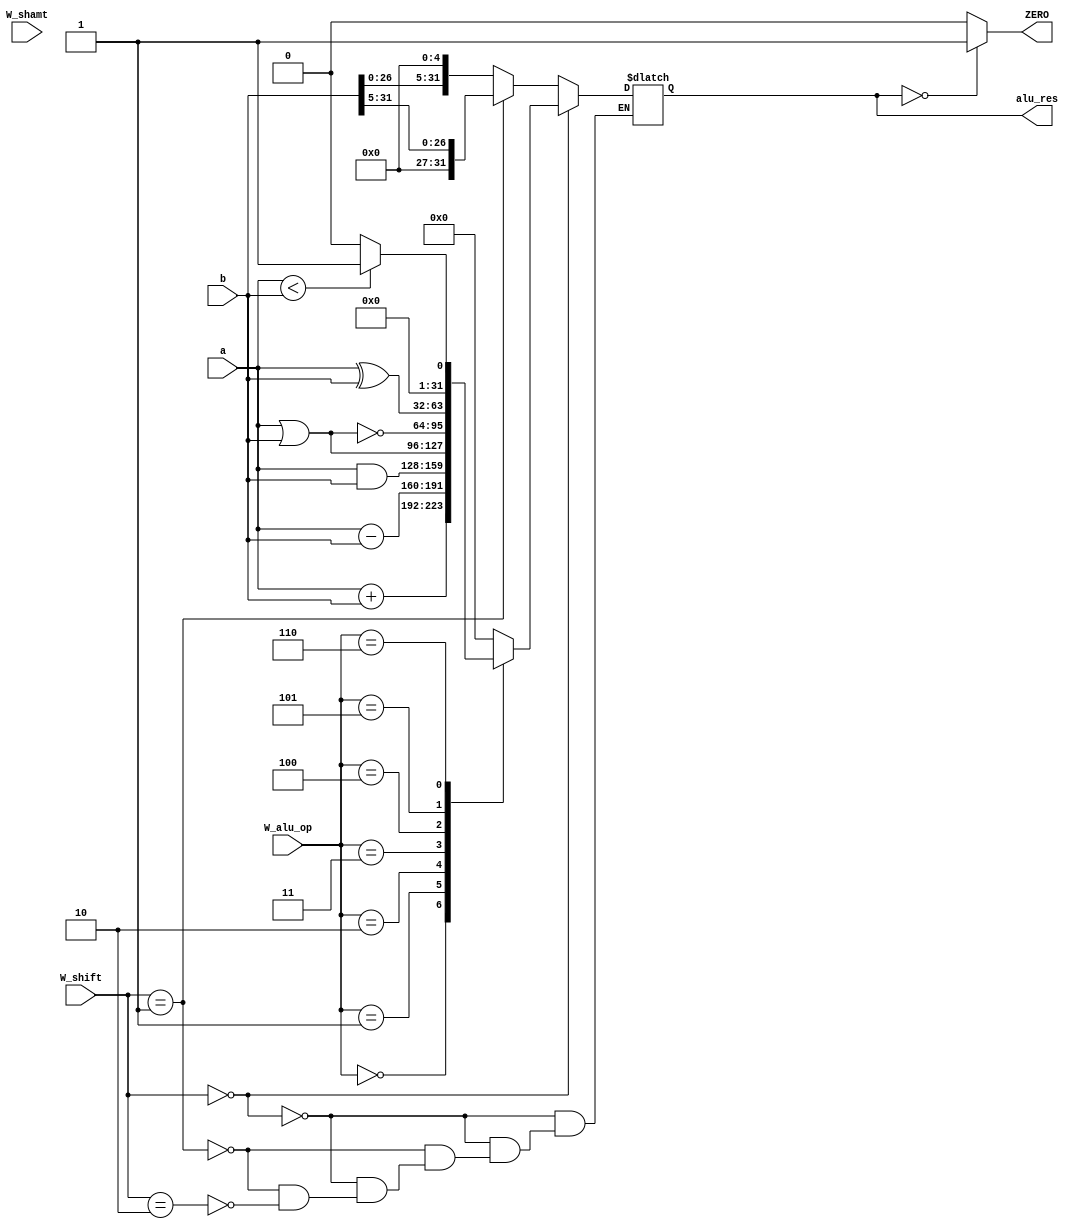
`timescale 1ns / 1ps
//////////////////////////////////////////////////////////////////////////////////
// Company: 
// Engineer: 
// 
// Design Name: 
// Module Name: ALU
// Project Name: 
// Target Devices: 
// Tool Versions: 
// Description: 
// 
// Dependencies: 
// 
// Revision:
// Revision 0.01 - File Created
// Additional Comments:
// 
//////////////////////////////////////////////////////////////////////////////////


module ALU #(parameter WIDTH = 32)(
        input wire [WIDTH-1:0] a,
        input wire [WIDTH-1:0] b,
        input wire [2:0] W_alu_op,
        input wire [1:0] W_shift,
        input wire [4:0] W_shamt,
        output reg [WIDTH-1:0] alu_res,
        output wire ZERO
    );

    always @(*) begin
        if (W_shift == 2'b00) begin
            case(W_alu_op)
            3'b000: begin
                alu_res = a + b;
            end
            3'b001: begin
                alu_res = a - b;
            end
            3'b010: begin
                alu_res = a & b;
            end
            3'b011: begin
                alu_res = a | b;
            end
            3'b100: begin
                alu_res = ~(a | b);
            end
            3'b101: begin
                alu_res = a ^ b;
            end
            3'b110: begin
                alu_res = (a < b) ? ({WIDTH{1'b0}} + 1'b1) : ({WIDTH{1'b0}});
            end
            default: begin
                alu_res = {WIDTH{1'b0}};
            end
            endcase
        end else if (W_shift == 2'b01) begin
            alu_res = b >> 5;
        end else if (W_shift == 2'b10) begin
            alu_res = b << 5;
        end
    end

    assign ZERO = (alu_res == {WIDTH{1'b0}}) ? 1 : 0;

endmodule